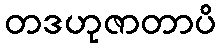
တဒဟုဇာတာပိ